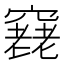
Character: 𥨔